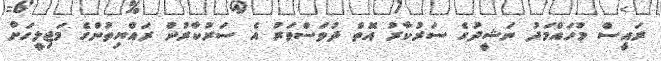
ރައީސް މުހައްމަދު ނަޝީދުގެ ސަރުކާރު އޮތް ދުވަސްވަރު އެ ސަރުކާރުން ރައްޔިތުންގެ މަޖިލީހަށް